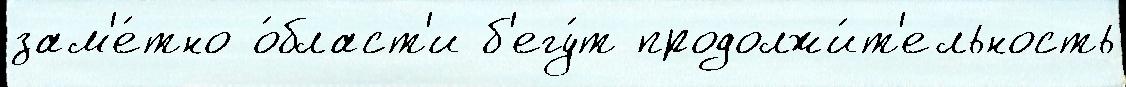
зам'е́тно о́бласт'и б'егу́т продолжи́т'ельность